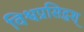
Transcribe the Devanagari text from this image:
विश्वप्रसिद्धश्